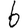
Digit: 6